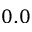
0 . 0